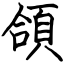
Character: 頜